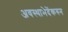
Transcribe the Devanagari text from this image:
अवस्थाभेदेंकरुन